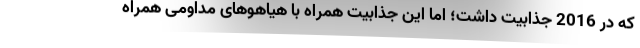
که در 2016 جذابیت داشت؛ اما این جذابیت همراه با هیاهوهای مداومی همراه